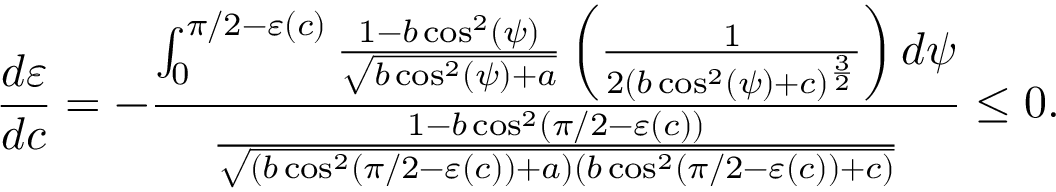
\frac { d \varepsilon } { d c } = - \frac { \int _ { 0 } ^ { \pi / 2 - \varepsilon ( c ) } \frac { 1 - b \cos ^ { 2 } ( \psi ) } { \sqrt { b \cos ^ { 2 } ( \psi ) + a } } \left( \frac { 1 } { 2 ( b \cos ^ { 2 } ( \psi ) + c ) ^ { \frac { 3 } { 2 } } } \right) d \psi } { \frac { 1 - b \cos ^ { 2 } ( \pi / 2 - \varepsilon ( c ) ) } { \sqrt { ( b \cos ^ { 2 } ( \pi / 2 - \varepsilon ( c ) ) + a ) ( b \cos ^ { 2 } ( \pi / 2 - \varepsilon ( c ) ) + c ) } } } \leq 0 .